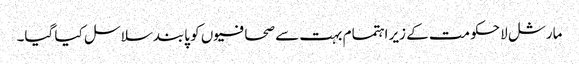
مارشل لا حکومت کے زیر اہتمام بہت سے صحافیوں کو پابند سلاسل کیا گیا۔